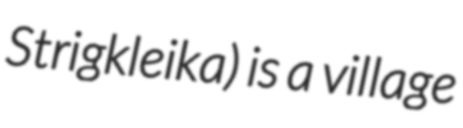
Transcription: Strigkleika) is a village